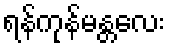
ရန်ကုန်မန္တလေး